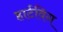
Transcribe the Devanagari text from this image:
हार्टविग